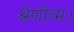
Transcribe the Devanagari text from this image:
श्रेणीव्म।